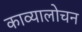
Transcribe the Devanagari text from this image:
काव्यालोचन